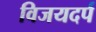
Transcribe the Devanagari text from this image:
विजयदर्प